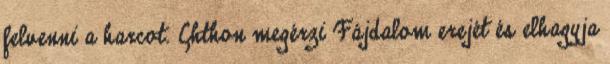
felvenni a harcot. Chthon megérzi Fájdalom erejét és elhagyja